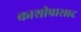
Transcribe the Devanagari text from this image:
काशीप्रासाद